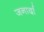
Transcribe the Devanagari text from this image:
जनार्दा